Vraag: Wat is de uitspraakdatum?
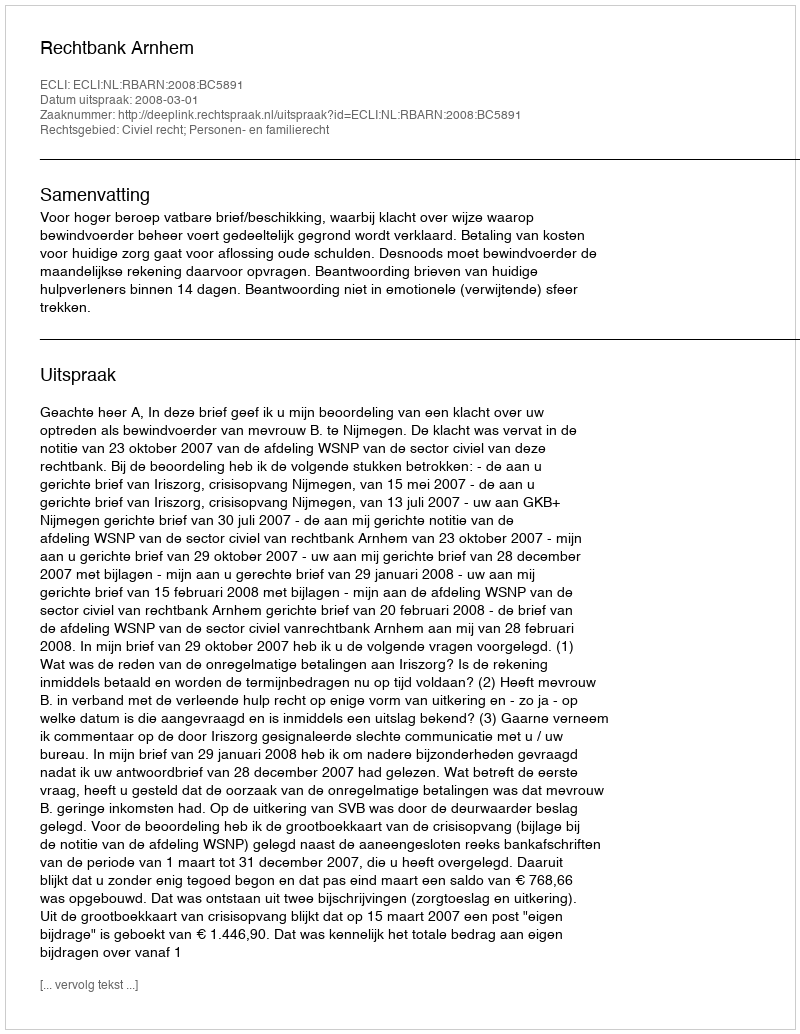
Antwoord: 2008-03-01